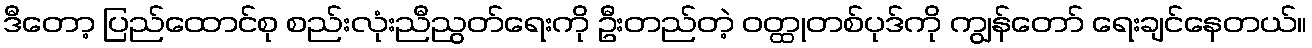
ဒီတော့ ပြည်ထောင်စု စည်းလုံးညီညွတ်ရေးကို ဦးတည်တဲ့ ဝတ္ထုတစ်ပုဒ်ကို ကျွန်တော် ရေးချင်နေတယ်။